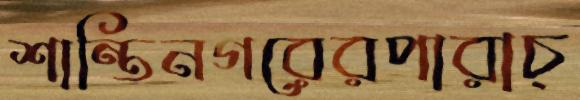
শান্তিনগরেরপারাচ্